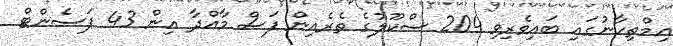
އިމްތިހާނުގައި ބައިވެރިވި 204 ސްކޫލުގެ ތެރެއިން ފަސް މާއްދާ އިން 43 ޕަސެންޓް